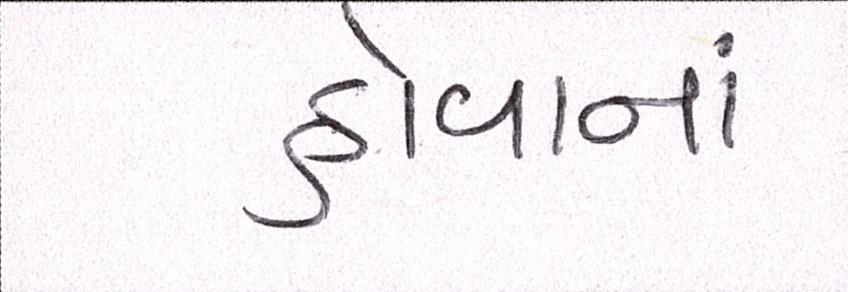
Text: હોવાનાં